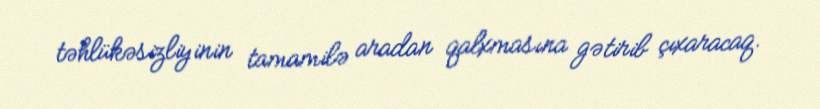
təhlükəsizliyinin tamamilə aradan qalxmasına gətirib çıxaracaq.